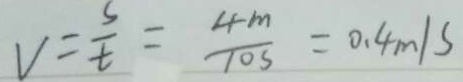
V = \frac { s } { t } = \frac { 4 m } { 1 0 s } = 0 . 4 m / s